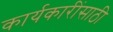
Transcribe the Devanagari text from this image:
कार्यकारींसाठी